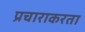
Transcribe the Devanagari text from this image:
प्रचाराकरता